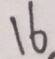
1 6